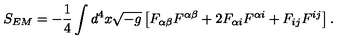
S _ { E M } = - { \frac { 1 } { 4 } } \int d ^ { 4 } x { \sqrt { - g } } \left[ F _ { \alpha \beta } F ^ { \alpha \beta } + 2 F _ { \alpha i } F ^ { \alpha i } + F _ { i j } F ^ { i j } \right] .